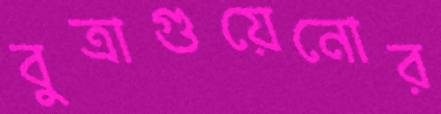
বুত্রাগুয়েনোর